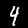
Label: 4